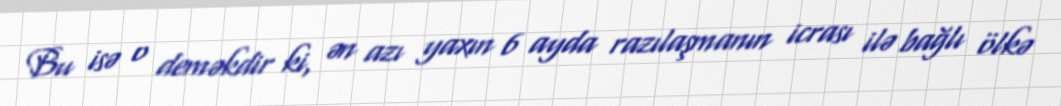
Bu isə o deməkdir ki, ən azı yaxın 6 ayda razılaşmanın icrası ilə bağlı ölkə